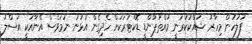
ފުލުހުން މިހާރު ޝައްކުކުރަނީ މުއްތުޕާންޑީ ޑޮކްޓަރަކަށް ހެދިގެން އުޅުނު ނަމަވެސް އޭނާއަކީ އަސްލު